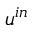
\boldsymbol { u } ^ { i n }